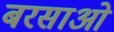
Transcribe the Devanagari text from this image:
बरसाओ